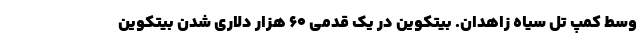
وسط کمپ تل سیاه زاهدان. بیتکوین در یک قدمی ۶۰ هزار دلاری شدن بیتکوین